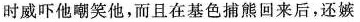
时威吓他嘲笑他，而且在基色捕熊回来后，还嫉